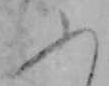
ふ